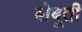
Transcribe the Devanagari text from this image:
बोबूती